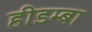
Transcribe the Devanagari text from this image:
हीडम्बा